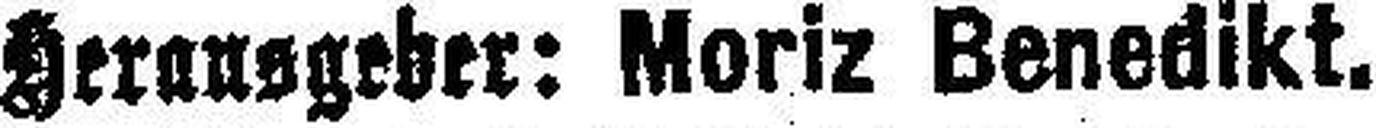
Herausgeber: Moriz Benedikt.